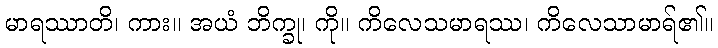
မာရဿာတိ၊ ကား။ အယံ ဘိက္ခု၊ ကို။ ကိလေသမာရဿ၊ ကိလေသာမာရ်၏။